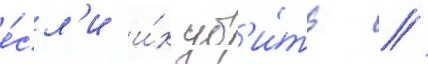
е́сл'и и́х уб'и́ть //